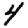
Digit: 4